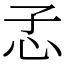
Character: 孞